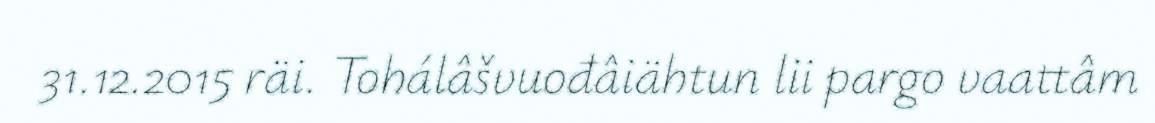
31.12.2015 räi. Tohálâšvuođâiähtun lii pargo vaattâm